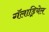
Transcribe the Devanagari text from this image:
गॅलाड्रियेल